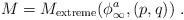
LaTeX: \begin{align*}M= M_{\rm {extreme}} (\phi^a_{\infty}, (p,q)) \ .\end{align*}